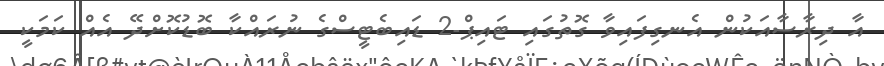
އާ ދިރާސާއަކުން އެނގިފައިވާ ގޮތުގައި ޓައިޕް-2 ޑައިބެޓީސްގެ ނުރައްކާ ބޮޑުކޮށްދޭ އެއް ކަމަކީ